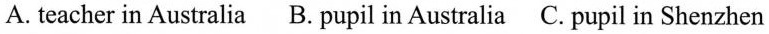
A. teacher in Australia B. pupil in Australia C. pupil in Shenzhen